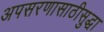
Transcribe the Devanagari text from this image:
अपसरणासाठीसुद्धा